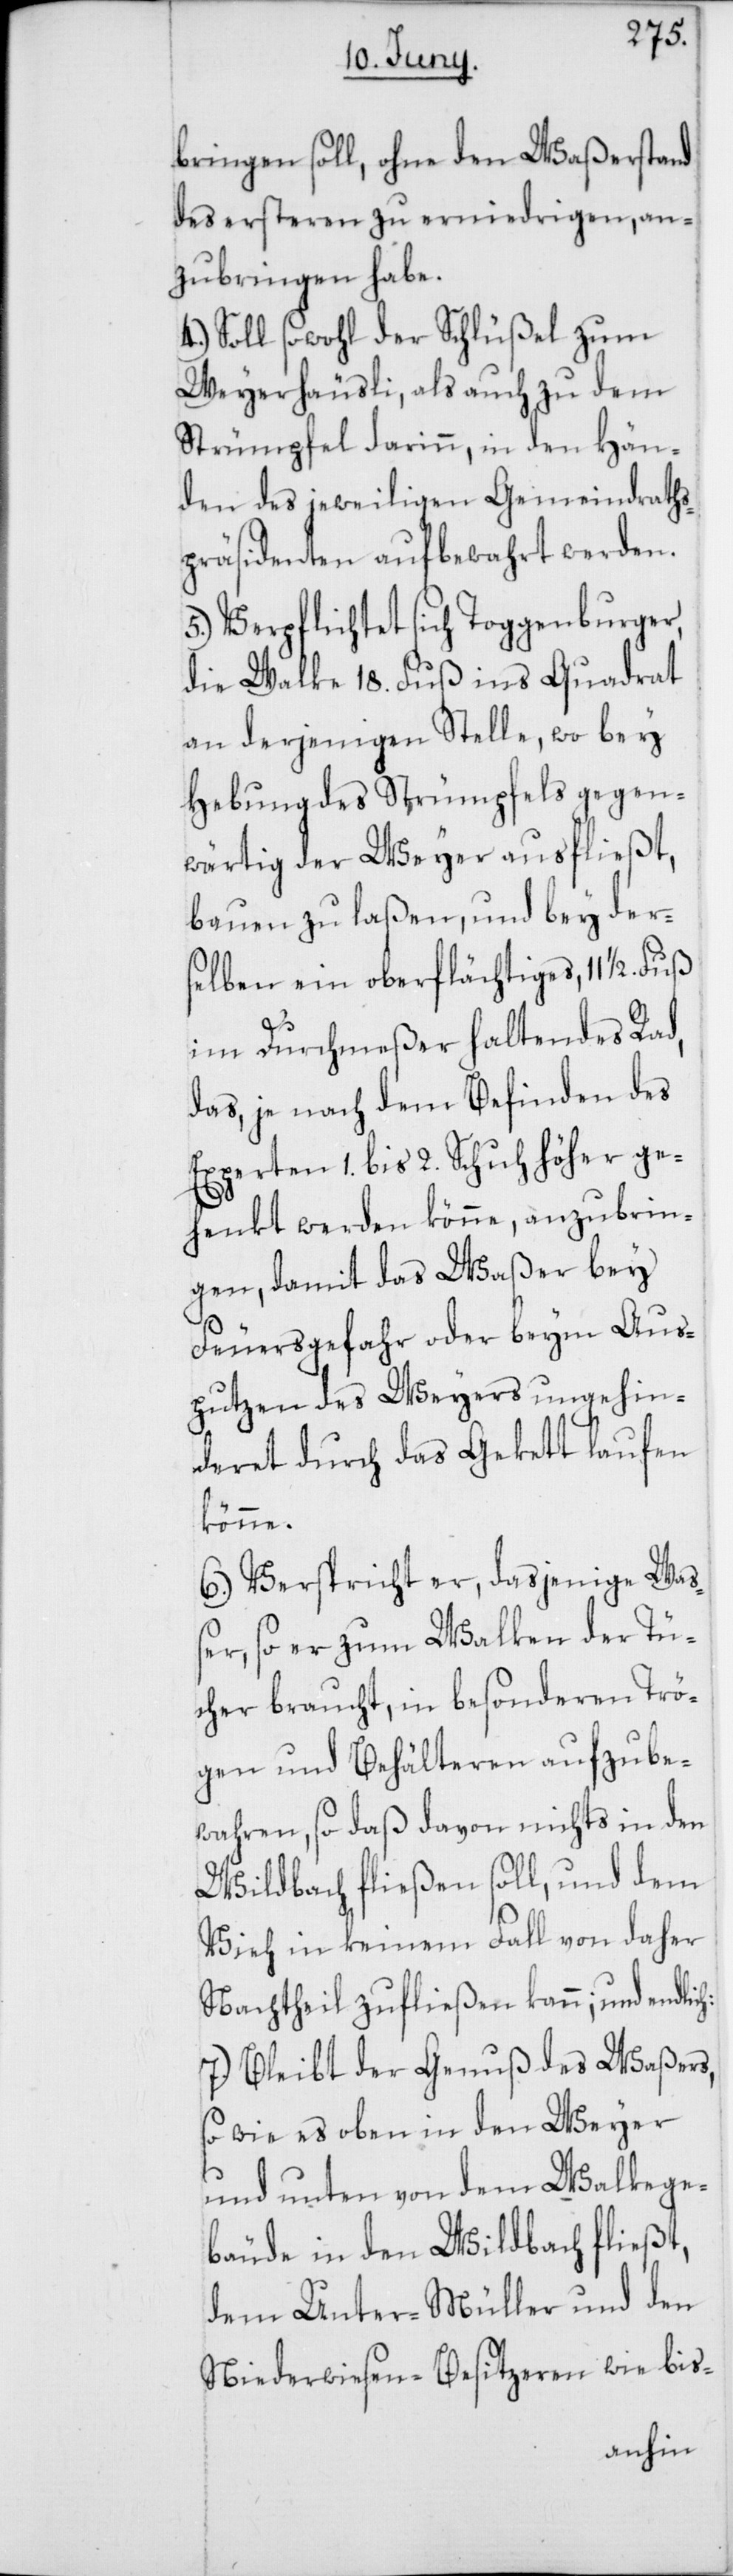
bringen soll, ohne den Waßerstand
des ersteren zu erniedrigen, an¬
zubringen habe.
4.) Soll sowohl der Schlüßel zum
Weyherhäusli als auch zu dem
Strümpfel darinn, in den Hän¬
den des jeweiligen Gemeindraths¬
präsidenten aufbewahrt werden.
5.) Verpflichtet sich Toggenburger,
die Walke 18. Fuß ins Quadrat
an derjenigen Stelle, wo bey
Hebung des Strümpfels gegen¬
wärtig der Weyer ausfließt,
bauen zu laßen, und bey der¬
selben ein oberflächtiges, 11 1/2.
h:
im Durchmeßer haltendes Rad,
das, je nach dem Befinden des
Experten 1. bis 2. Schuh höher ge¬
henkt werden könne, anzubrin¬
gen, damit das Waßer bey
Feuersgefahr oder beym Aus¬
putzen des Weyers ungehin¬
deret durch das Gekett laufen
könne.
6.) Verspricht er, dasjenige Wa¬
ßer, so er zum Walken der Tü¬
cher braucht, in besonderen Trö¬
gen und Behälteren aufzube¬
wahren, so daß davon nichts in den
Wildbach fließen soll, und dem
Vieh in keinem Fall von daher
Nachtheil zufließen kann; und endlic¬
7.) Bleibt der Genuß des Waßers,
so wie es oben in den Weyer
und unten von dem Walkege¬
bäude in den Wildbach fließt,
dem Unter-Müller und den
Niederwiesen-Besitzeren wie bis-